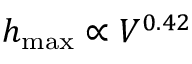
h _ { \operatorname* { m a x } } \propto V ^ { 0 . 4 2 }